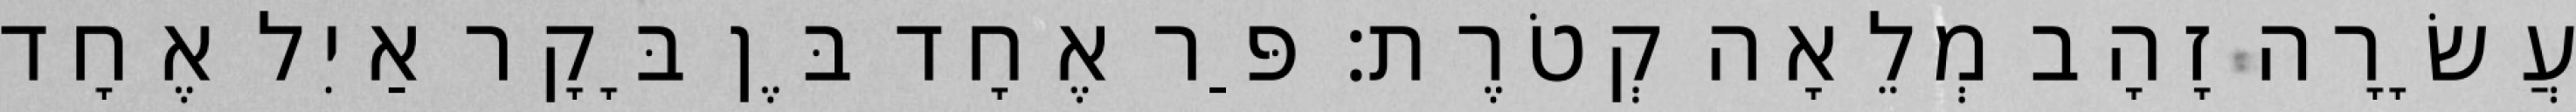
עֲשָׂרָה זָהָב מְלֵאָה קְטֹרֶת׃ פַּר אֶחָד בֶּן בָּקָר אַיִל אֶחָד